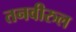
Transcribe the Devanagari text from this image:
तनवीरुल